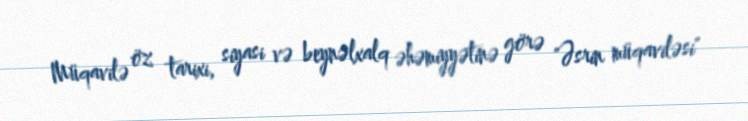
Müqavilə öz tarixi, siyasi və beynəlxalq əhəmiyyətinə görə "Əsrin müqaviləsi"